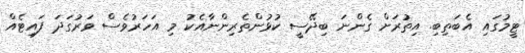
ޓީމުގައި އެބަތިބި. އިތުރަށް ގެންނަ ބިދޭސީ ކުޅުންތެރިންނާއެކު މި އަހަރުވެސް ވަރުގަދަ ފައިޓެއް